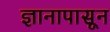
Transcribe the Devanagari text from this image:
ज्ञानापासून